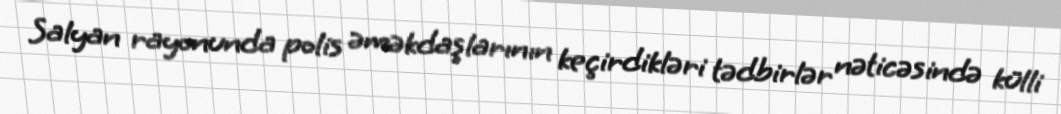
Salyan rayonunda polis əməkdaşlarının keçirdikləri tədbirlər nəticəsində külli